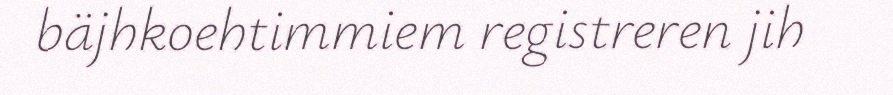
bäjhkoehtimmiem registreren jih